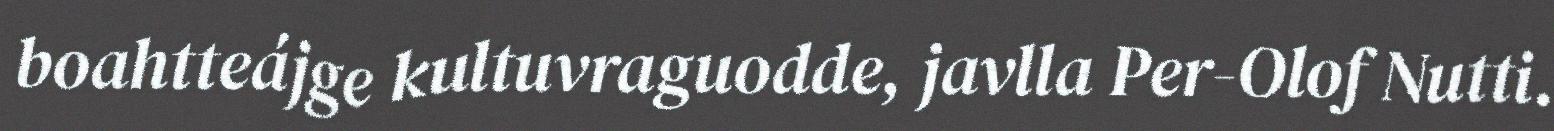
boahtteájge kultuvraguodde, javlla Per-Olof Nutti.